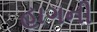
હાગની